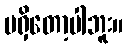
မရှိတော့ပါဘူး။